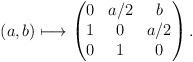
LaTeX: \begin{align*} (a,b)\longmapsto \begin{pmatrix} 0 &a/2 & b\\ 1 & 0 & a/2\\ 0& 1& 0 \\ \end{pmatrix}.\end{align*}